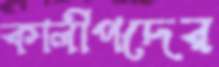
কালীপদের